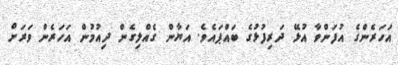
އަހަރެންގެ އުފަންވާ އުޅޭ ދަރިފުޅުގެ ބައްޕައެވެ. އަޔާން ގެއްލިގެން ދިއުމުން އަހަރެން ވަރަށް